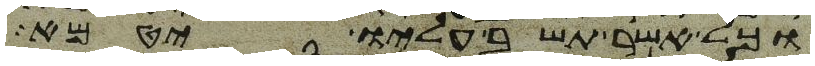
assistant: וכל אשר תשב עליו יטמא